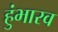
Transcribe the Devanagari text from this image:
हुंभारव